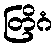
တြိဂံ